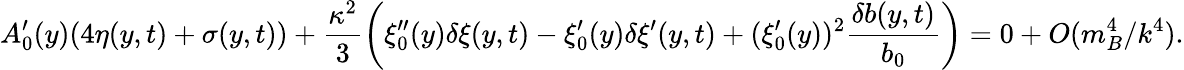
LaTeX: A_{0}^{\prime}(y)(4\eta(y,t)+\sigma(y,t))+\frac{\kappa^{2}}{3}\left(\xi_{0}^{\prime\prime}(y)\delta\xi(y,t)-\xi_{0}^{\prime}(y)\delta\xi^{\prime}(y,t)+(\xi_{0}^{\prime}(y))^{2}\frac{\delta b(y,t)}{b_{0}}\right)=0+O(m_{B}^{4}/k^{4}).